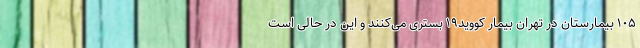
۱۰۵ بیمارستان در تهران بیمار کووید۱۹ بستری می‌کنند و این در حالی است